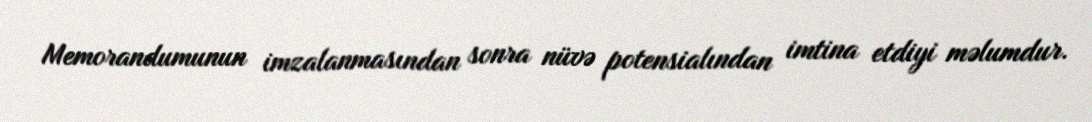
Memorandumunun imzalanmasından sonra nüvə potensialından imtina etdiyi məlumdur.